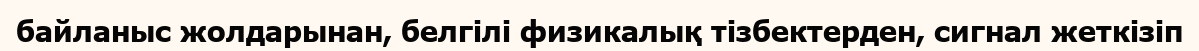
байланыс жолдарынан, белгілі физикалық тізбектерден, сигнал жеткізіп